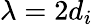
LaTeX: \lambda=2d_{i}